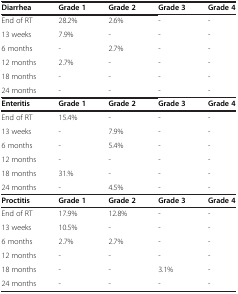
| Diarrhea | Grade 1 | Grade 2 | Grade 3 | Grade 4 |
 | --- | --- | --- | --- | --- |
 | End of RT | 28.2% | 2.6% | - | - |
 | 13 weeks | 7.9% | - | - | - |
 | 6 months | - | 2.7% | - | - |
 | 12 months | 2.7% | - | - | - |
 | 18 months | - | - | - | - |
 | 24 months | - | - | - | - |
 | Enteritis | Grade 1 | Grade 2 | Grade 3 | Grade 4 |
 | End of RT | 15.4% | - | - | - |
 | 13 weeks | - | 7.9% | - | - |
 | 6 months | - | 5.4% | - | - |
 | 12 months | - | - | - | - |
 | 18 months | 31.% | - | - | - |
 | 24 months | - | 4.5% | - | - |
 | Proctitis | Grade 1 | Grade 2 | Grade 3 | Grade 4 |
 | End of RT | 17.9% | 12.8% | - | - |
 | 13 weeks | 10.5% | - | - | - |
 | 6 months | 2.7% | 2.7% | - | - |
 | 12 months | - | - | - | - |
 | 18 months | - | - | 3.1% | - |
 | 24 months | - | - | - | - |